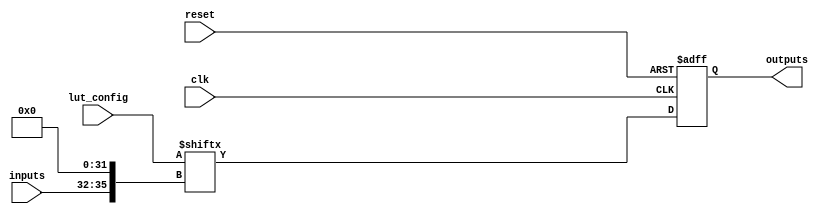
module CLB #(
    parameter NUM_INPUTS = 4,  // Number of inputs to the CLB
    parameter NUM_OUTPUTS = 1,  // Number of outputs from the CLB
    parameter LUT_SIZE = 16     // Size of the LUT (2^NUM_INPUTS)
)(
    input wire [NUM_INPUTS-1:0] inputs,  // Input lines
    input wire [LUT_SIZE-1:0] lut_config, // LUT configuration bits
    input wire clk,                       // Clock for flip-flops
    input wire reset,                     // Reset signal
    output reg [NUM_OUTPUTS-1:0] outputs  // Output lines
);

    // Internal signal for LUT output
    wire [NUM_OUTPUTS-1:0] lut_output;

    // Look-Up Table (LUT) implementation
    generate
        genvar i;
        for (i = 0; i < NUM_OUTPUTS; i = i + 1) begin : lut_gen
            assign lut_output[i] = lut_config[{inputs, i}]; // Access LUT based on inputs
        end
    endgenerate

    // Output logic
    always @(posedge clk or posedge reset) begin
        if (reset) begin
            outputs <= 0; // Reset outputs
        end else begin
            outputs <= lut_output; // Update outputs with LUT output
        end
    end

endmodule